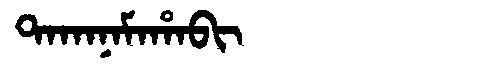
Manchu: ᡨᠠᡴᠠᠨᠠᠮᠠᡥᠠᠪᡳ
Romanization: TAKANAMAHABI